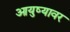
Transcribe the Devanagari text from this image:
आयुष्‍यावर